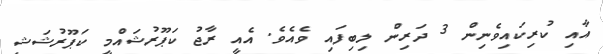
އާއި ކުރިކައިވެނިން 3 ދަރިން ލިބިފައި ވެއެވެ. އެއީ ރާޖު ކަޕޫރުޝައްމީ ކަޕޫރުޝަޝީ